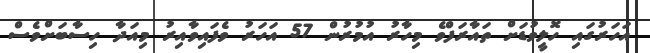
އަހަރުގައި ހޮލީވުޑަށް ތައާރަފްވެ މިހާރު އުމުރުން 57 އަހަރު ވެފައިވާއިރު މިއަދާ ހިސާބަށްވެސް